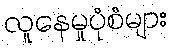
လူနေမှုပုံစံများ